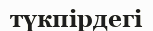
түкпірдегі